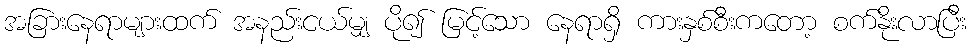
အခြားနေရာများထက် အနည်းငယ်မျှ ပို၍ မြင့်သော နေရာရှိ ကားနှစ်စီးကတော့ စက်နိုးလာပြီး